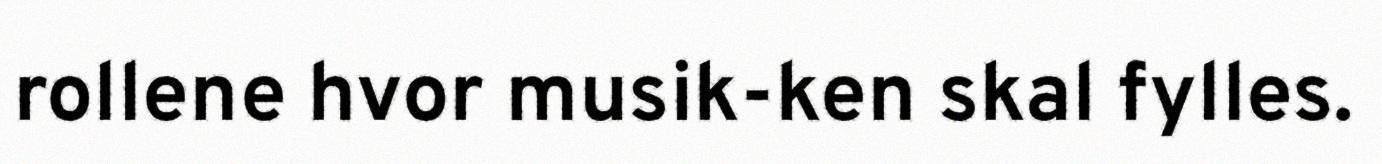
rollene hvor musik-ken skal fylles.